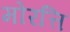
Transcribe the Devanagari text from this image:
मोरत्ति